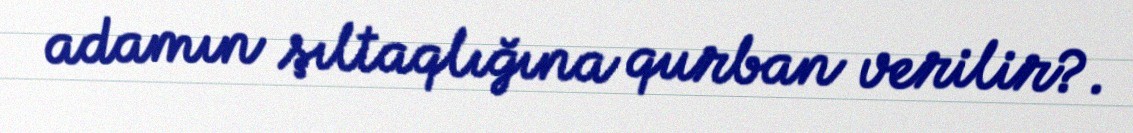
adamın şıltaqlığına qurban verilir?.